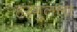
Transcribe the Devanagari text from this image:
हरंगुलला